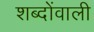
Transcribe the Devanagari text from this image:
शब्दोंवाली